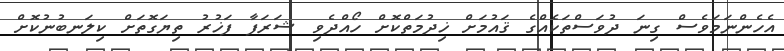
އެހެންނަމަވެސް ގިނަ ދުވަސްތަކެއްގެ ޤައުމަށް ޚިދުމަތްކޮށް ހޯއްދެވި ޝަރަފާ ފަޚުރު ތިޔަގޮތަށް ކިލަނބުނުކޮށް